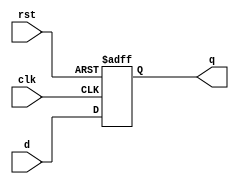
module d_ff (input clk, rst, d, output reg q);

always @(posedge clk or posedge rst) begin
    if (rst)
        q <= 1'b0;
    else
        q <= d;
end
endmodule